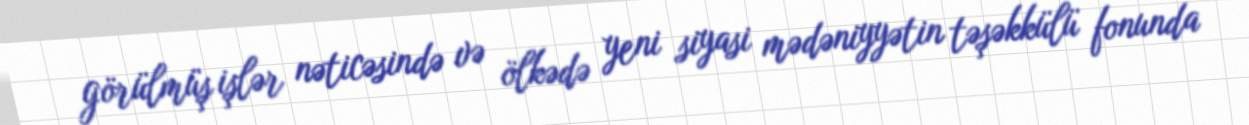
görülmüş işlər nəticəsində və ölkədə yeni siyasi mədəniyyətin təşəkkülü fonunda